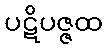
ပဋိပဇ္ဇထ